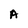
Character: A